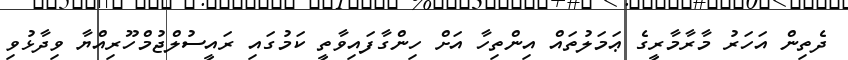
ދެތިން އަހަރު މާރާމާރީގެ ޢަމަލުތައް އިންތިހާ އަށް ހިންގާފައިވާތީ ކަމުގައި ރައީސުލްޖުމްހޫރިއްޔާ ވިދާޅުވި